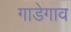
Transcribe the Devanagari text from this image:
गाडेगाव